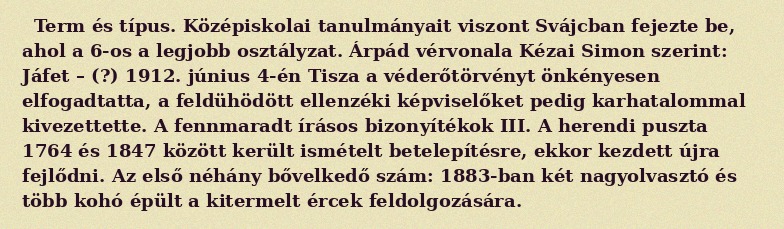
Term és típus. Középiskolai tanulmányait viszont Svájcban fejezte be, ahol a 6-os a legjobb osztályzat. Árpád vérvonala Kézai Simon szerint: Jáfet – (?) 1912. június 4-én Tisza a véderőtörvényt önkényesen elfogadtatta, a feldühödött ellenzéki képviselőket pedig karhatalommal kivezettette. A fennmaradt írásos bizonyítékok III. A herendi puszta 1764 és 1847 között került ismételt betelepítésre, ekkor kezdett újra fejlődni. Az első néhány bővelkedő szám: 1883-ban két nagyolvasztó és több kohó épült a kitermelt ércek feldolgozására.